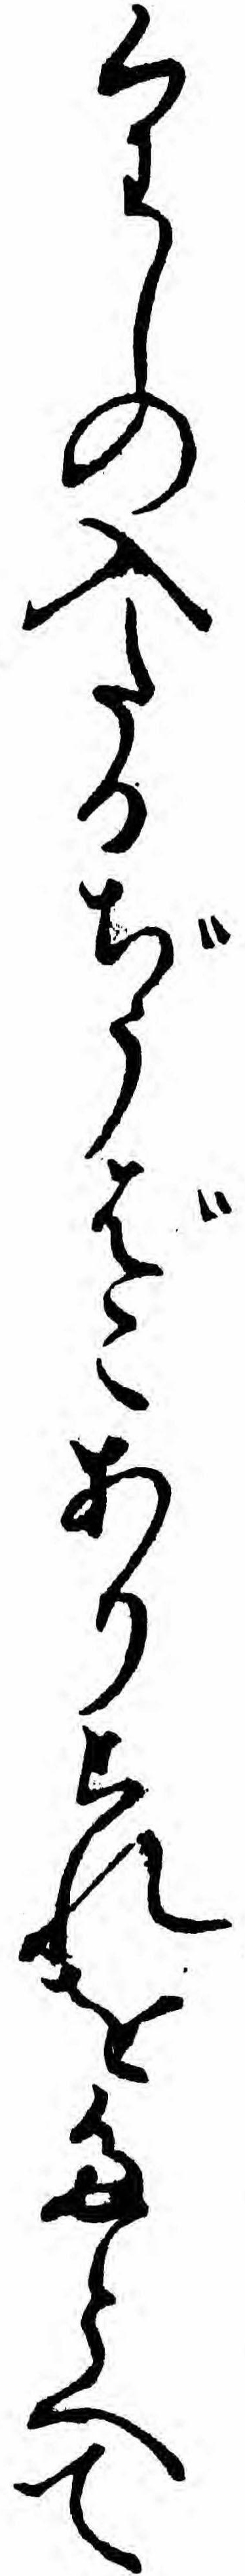
くわしの入たるぢうばこありこれをたとへて